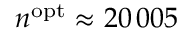
n ^ { \mathrm { o p t } } \approx 2 0 \, 0 0 5